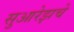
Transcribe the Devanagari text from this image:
सुआरेझचे